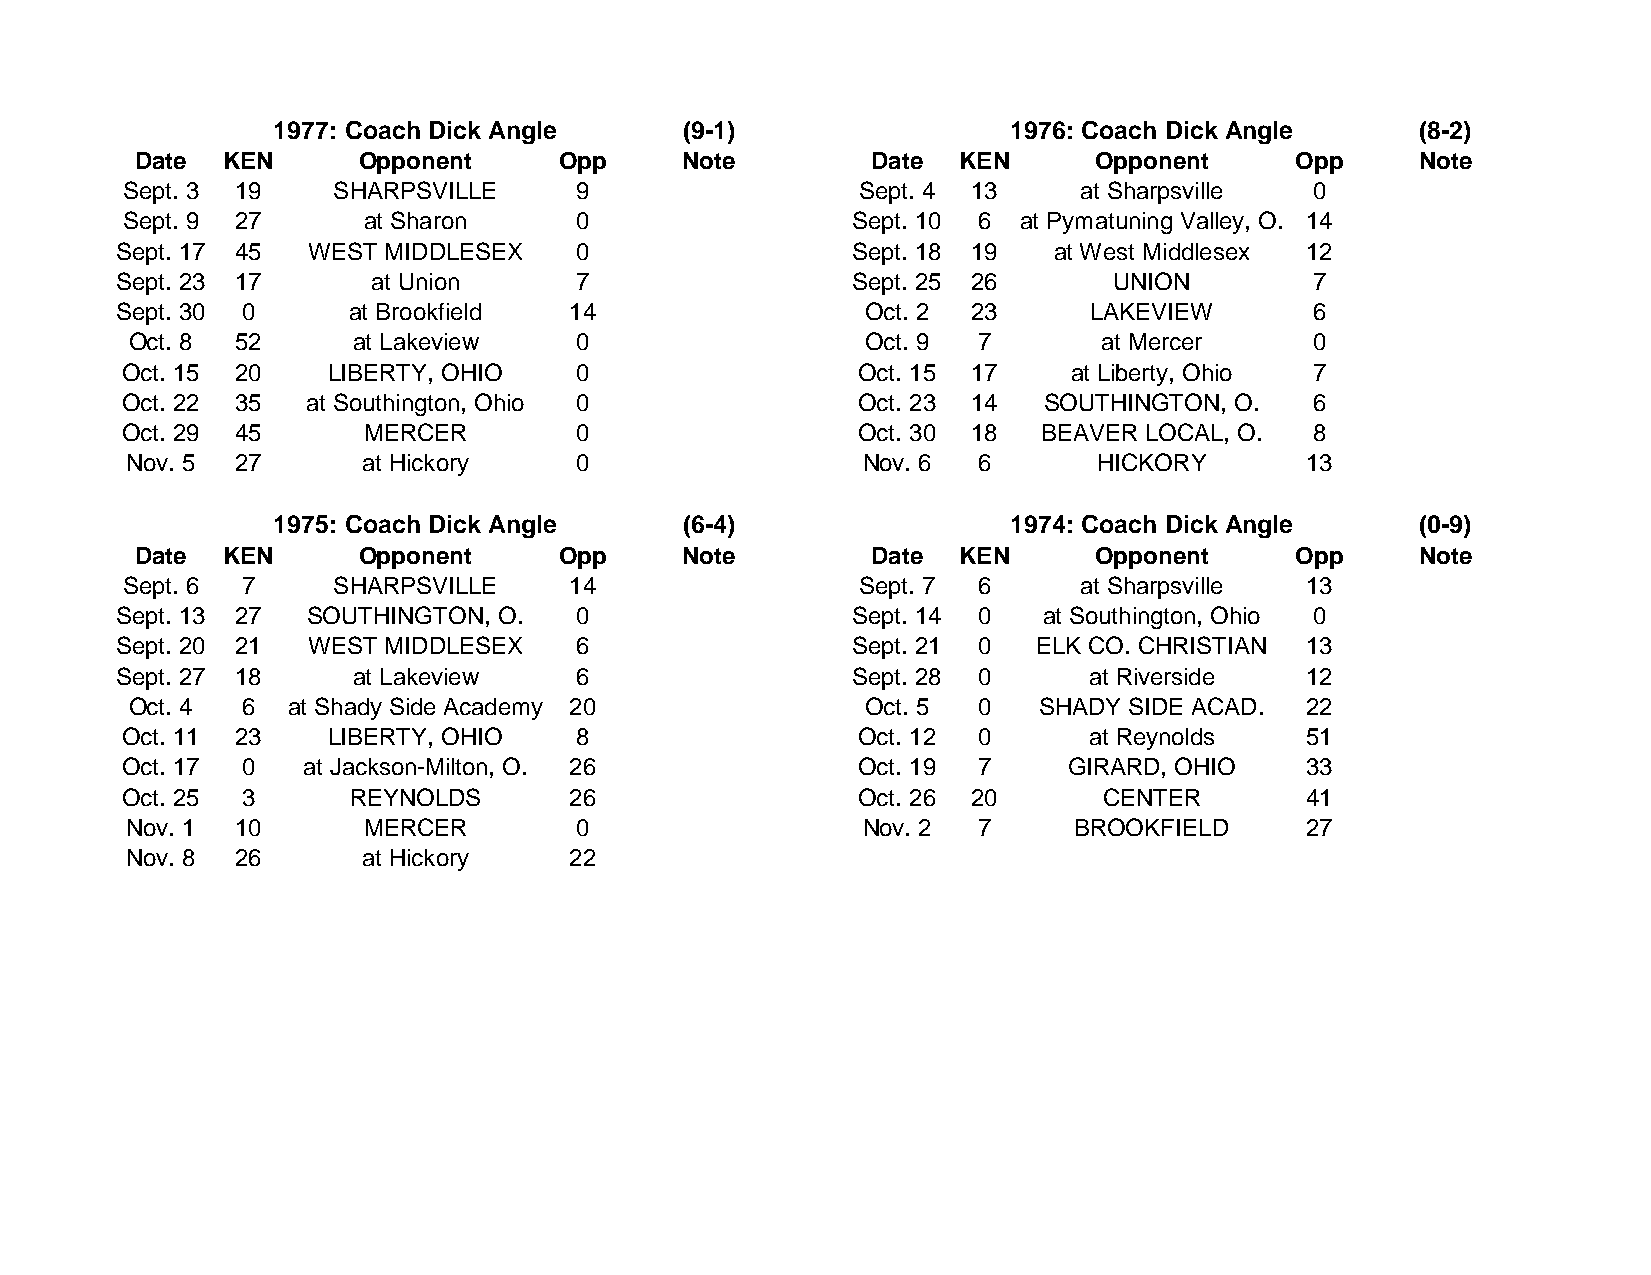
1977: Coach Dick Angle     (9-1)                 1976: Coach Dick Angle     (8-2)
 Date  KEN      Opponent     Opp     Note         Date KEN      Opponent      Opp     Note
 Sept. 3 19    SHARPSVILLE     9                  Sept. 4 13    at Sharpsville  0
 Sept. 9 27      at Sharon     0                 Sept. 10 6 at Pymatuning Valley, O. 14
 Sept. 17 45 WEST MIDDLESEX    0                 Sept. 18 19   at West Middlesex 12
 Sept. 23 17      at Union     7                 Sept. 25 26       UNION        7
 Sept. 30 0     at Brookfield  14                 Oct. 2 23      LAKEVIEW       6
 Oct. 8 52     at Lakeview    0                  Oct. 9  7       at Mercer     0
 Oct. 15 20    LIBERTY, OHIO   0                  Oct. 15 17    at Liberty, Ohio 7
 Oct. 22 35  at Southington, Ohio 0               Oct. 23 14  SOUTHINGTON, O.   6
 Oct. 29 45      MERCER        0                  Oct. 30 18  BEAVER LOCAL, O.  8
 Nov. 5  27      at Hickory    0                  Nov. 6  6       HICKORY      13
 1975: Coach Dick Angle     (6-4)                 1974: Coach Dick Angle     (0-9)
 Date  KEN      Opponent     Opp     Note         Date KEN      Opponent      Opp     Note
 Sept. 6 7     SHARPSVILLE     14                 Sept. 7 6     at Sharpsville 13
 Sept. 13 27 SOUTHINGTON, O.   0                 Sept. 14 0   at Southington, Ohio 0
 Sept. 20 21 WEST MIDDLESEX    6                 Sept. 21 0   ELK CO. CHRISTIAN 13
 Sept. 27 18    at Lakeview    6                 Sept. 28 0      at Riverside  12
 Oct. 4 6  at Shady Side Academy 20              Oct. 5  0   SHADY SIDE ACAD. 22
 Oct. 11 23    LIBERTY, OHIO   8                  Oct. 12 0      at Reynolds   51
 Oct. 17 0   at Jackson-Milton, O. 26             Oct. 19 7     GIRARD, OHIO   33
 Oct. 25 3      REYNOLDS       26                 Oct. 26 20      CENTER       41
 Nov. 1  10      MERCER        0                  Nov. 2  7     BROOKFIELD     27
 Nov. 8  26      at Hickory    22